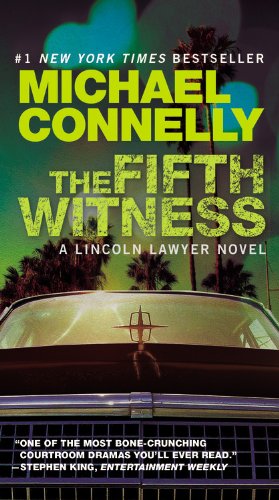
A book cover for The Fifth Witness (A Lincoln Lawyer Novel); Michael Connelly; Mystery, Thriller & Suspense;